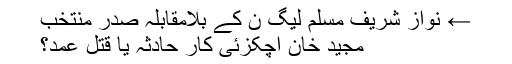
← نواز شریف مسلم لیگ ن کے بلامقابلہ صدر منتخب
مجید خان اچکزئی کار حادثہ یا قتل عمد؟